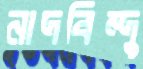
নাদবিন্দু